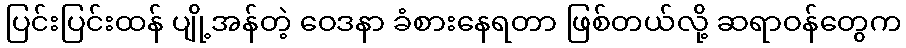
ပြင်းပြင်းထန် ပျို့အန်တဲ့ ဝေဒနာ ခံစားနေရတာ ဖြစ်တယ်လို့ ဆရာဝန်တွေက